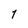
Character: 7